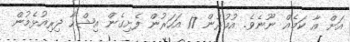
އަށް އާ ކަމެއް ނޫނެވެ. އުމުރުން 17 އަހަރުން ފެށިގެން އިޝްހާ ދިރިއުޅެމުން